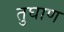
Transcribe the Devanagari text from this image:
तुघाण